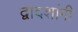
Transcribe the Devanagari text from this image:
द्वादशांगी